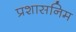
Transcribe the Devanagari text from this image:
प्रशासनिम